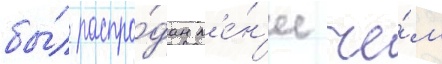
бы́л распро́дан м'е́н'ее че́м